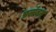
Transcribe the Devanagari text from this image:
प्रलंबन